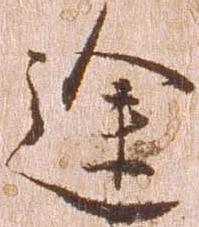
途